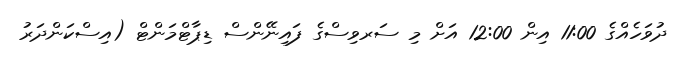
ދުވަހެއްގެ 11:00 އިން 12:00 އަށް މި ސަރވިސްގެ ފައިނޭންސް ޑިޕާޓްމަންޓް (އިސްކަންދަރު